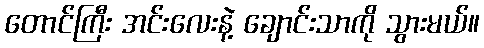
တောင်ကြီး အင်းလေးနဲ့ ချောင်းသာကို သွားမယ်။